Vaccination United Provinces of Agra and Oudh 1914-1922 - 1914-1922
Year: 1914
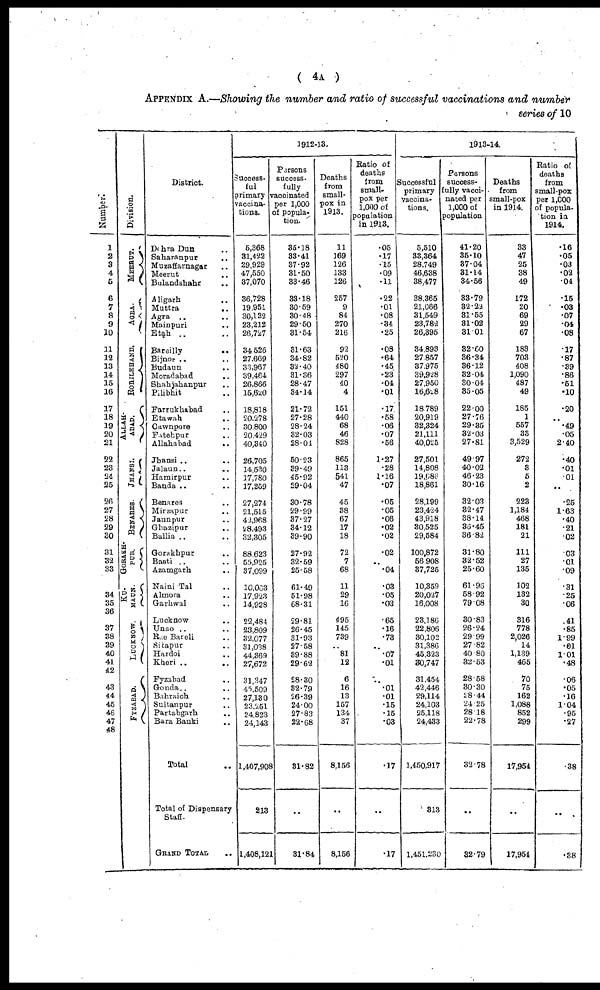
( 4A )
APPENDIX A.—Showing the number and ratio of successful vaccinations and number
series of 10
Number.
1
2
3
4
5
6
7
8
9
10
11
12
13
14
15
16
17
18
19
20
21
22
23
24
25
26
27
28
29
30
31
32
33
34
35
36
37
38
39
40
41
42
43
44
45
46
47
48
Division.
MEERUT.
AGRA.
ROHILKHAND.
ALLAH¬
ABAD.
JHANSI.
BENARES.
GORAKH¬
PUR.
KU¬
MAUN.
LUCKNOW.
FYZABAD.
District.
Dehra Dun ..
Saharanpur ..
Muzaffarnagar ..
Meerut ..
Bulandshahr ..
Aligarh ..
Muttra
..
Agra ..
Mainpuri ..
Etah ..
Bareilly
..
Bijnor ..
Budaun ..
Moradabad ..
Shahjahanpur ..
Pilibhit ..
Farrukhabad ..
Etawah ..
Cawnpore ..
Fatehpur ..
Allahabad ..
Jhansi ..
..
Jalaun ..
Hamirpur ..
Banda ..
Benares ..
Mirzapur ..
Jaunpur ..
Ghazipur ..
Ballia ..
Gorakhpur ..
Basti ..
Azamgarh ..
Naini Tal ..
Almora ..
Garhwal ..
Lucknow ..
Unao ..
Rae Bareli ..
Sitapur ..
Hardoi ..
Kheri ..
..
Fyzabad ..
Gonda ..
Bahraich ..
Sultanpur ..
Partabgarh ..
Bara Banki ..
Total ..
Total of Dispensary
Staff.
GRAND TOTAL ..
1912-13.
Success-
ful
primary
vaccina-
tions.
5,368
31,422
29,929
47,550
37,070
36,728
19,951
30,132
23,212
26,727
34,526
27,669
33,967
39,464
26,866
15,620
18,818
20,278
30,800
20,429
40,340
26,705
14,530
17,780
17,259
27,274
21,515
42,968
28,493
32,305
88,623
55,925
37,099
10,063
17,923
14,928
22,484
23,809
32,077
31,038
44,369
27,672
31,347
45,509
27,130
23,251
24,823
24,143
1,407,908
213
1,408,121
Persons
success-
fully
vaccinated
per 1,000
of popula-
tion.
35.18
33.41
37.92
31.50
33.46
33.18
30.59
30.48
29.50
31.54
31.63
34.82
32.40
31.36
28.47
34.14
21.72
27.28
28.24
32.03
28.04
50.23
39.49
45.92
29.04
30.78
29.99
37.27
34.12
39.90
27.92
32.59
25.58
61.49
51.98
68.31
29.81
26.45
31.93
27.58
39.88
29.62
28.30
32.79
26.39
24.00
27.83
22.68
31.82
..
31.84
Deaths
from
small-
pox in
1913.
11
169
126
133
126
257
9
84
270
216
92
520
480
297
40
4
151
440
68
46
828
865
113
541
47
45
38
67
17
18
72
7
68
11
29
16
495
145
739
..
81
12
6
16
13
157
134
37
8,156
..
8,156
Ratio of
deaths
from
small-
pox per
1,000 of
population
in 1913.
.05
.17
.15
.09
.11
.22
.01
.08
.34
.25
.08
.64
.45
.23
.04
.01
.17
.58
.06
.07
.56
1.27
.28
1.16
.07
.05
.05
.06
.02
.02
.02
..
.04
.03
.05
.03
.65
.16
.73
..
.07
.01
..
.01
.01
.15
.15
.03
.17
..
.17
1913-14.
Successful
primary
vaccina-
tions.
5,510
33,364
28,749
46,638
38,477
38,365
21,066
31,549
23,782
26,395
34,893
27,857
37,975
39,928
27,950
16,628
18,789
20,919
32,324
21,111
40,025
27,501
14,808
19,686
18,861
28,199
23,424
43,918
30,525
29,584
100,872
56,908
37,725
10,359
20,027
16,008
23,186
22,806
30,102
31,386
45,323
30,747
31,454
42,446
29,114
24,103
25,118
24,433
1,450,917
313
1,451,230
Persons
success¬
fully vacci-
nated per
1,000 of
population
41.20
35.10
37.04
31.14
34.56
33.79
32.22
31.55
31.02
31.01
32.60
36.34
36.12
32.04
30.04
35.05
22.00
27.76
29.35
32.03
27.81
49.97
40.02
46.23
30.16
32.03
32.47
38.14
36.45
36.82
31.80
32.52
25.60
61.96
58.92
79.08
30.83
26.24
29.99
27.82
40.80
32.53
28.58
30.30
28.44
24.25
28.18
22.78
32.78
..
32.79
Deaths
from
small-pox
in 1914.
33
47
25
38
49
172
20
69
29
67
183
703
408
1,090
487
49
185
1
557
33
3,529
272
3
5
2
223
1,184
468
181
21
111
27
135
102
132
30
316
778
2,026
14
1,139
465
70
75
162
1,088
852
299
17,954
..
17,954
Ratio of
deaths
from
small-pox
per 1,000
of popula-
tion in
1914.
.16
.05
.03
.02
.04
.15
.03
.07
.04
.08
.17
.87
.39
.86
.51
.10
.20
..
.49
.05
2.40
.40
.01
.01
..
.25
1.63
.40
.21
.02
.03
.01
.09
.31
.25
.06
.41
.85
1.99
.01
1.01
.48
.06
.05
.16
1.04
.95
.27
.38
..
.38